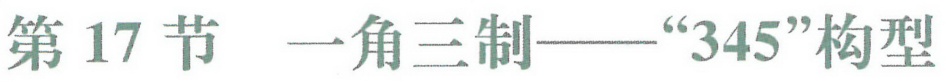
第 17 节  一角三制——“345”构型